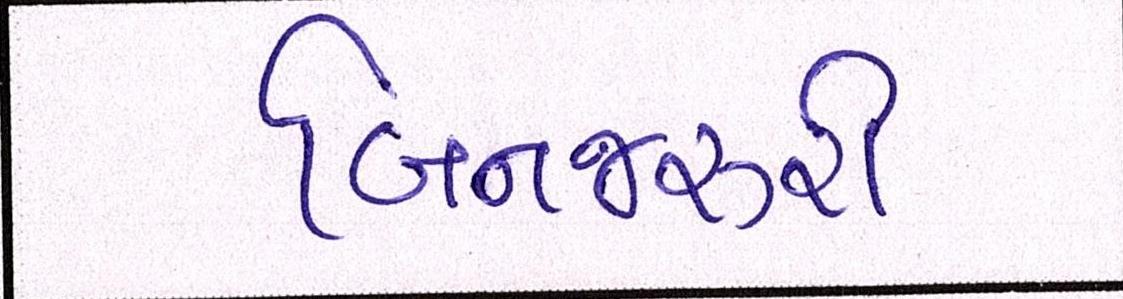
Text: બિનજરૂરી